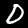
Digit: 0